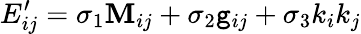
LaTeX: E_{ij}^{\prime}=\sigma_{1}\mathbf{M}_{ij}+\sigma_{2}\mathtt{g}_{ij}+\sigma_{3}k_{i}k_{j}